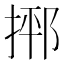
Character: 𪮂